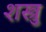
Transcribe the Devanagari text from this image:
शस्त्रु